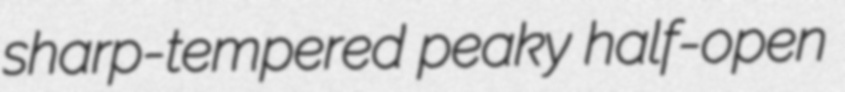
sharp-tempered peaky half-open